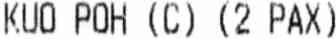
KUO POH (C) (2 PAX)